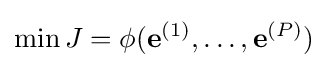
\min J=\phi (\mathbf {e} ^{(1)},\ldots ,\mathbf {e} ^{(P)})